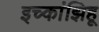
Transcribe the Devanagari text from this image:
इच्कांझिहू